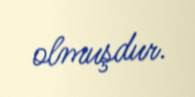
olmuşdur.